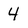
Character: 4